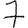
Digit: 7